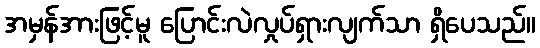
အမှန်အားဖြင့်မူ ပြောင်းလဲလှုပ်ရှားလျက်သာ ရှိပေသည်။